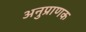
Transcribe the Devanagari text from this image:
अनुप्राणक